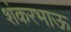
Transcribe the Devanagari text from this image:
शंकरभाऊ